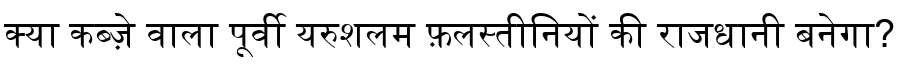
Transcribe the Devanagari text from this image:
क्या कब्ज़े वाला पूर्वी यरुशलम फ़लस्तीनियों की राजधानी बनेगा?